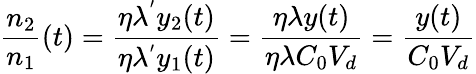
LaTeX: \frac{n_{2}}{n_{1}}(t)=\frac{\eta\lambda^{'}y_{2}(t)}{\eta\lambda^{'}y_{1}(t)}=\frac{\eta\lambda y(t)}{\eta\lambda C_{0}V_{d}}=\frac{y(t)}{C_{0}V_{d}}